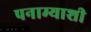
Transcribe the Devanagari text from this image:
पनाम्याशी